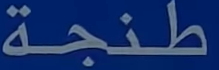
طنجة